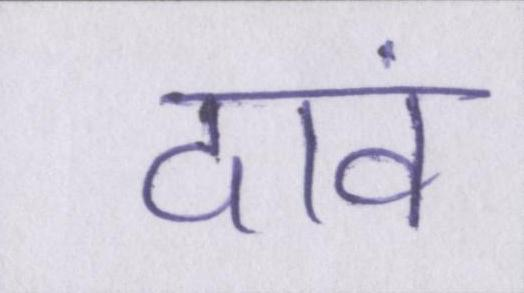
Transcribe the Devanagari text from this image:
दावं